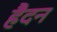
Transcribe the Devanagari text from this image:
हैदन